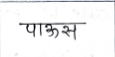
मजकूर: पाऊस